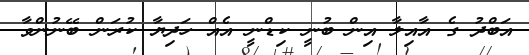
އަބްދު ގެ އާއިލާ އިން ބުނީ ކިޑްނީ އެއް ހަދިޔާ ކުރަން ބޭނުންވާ